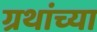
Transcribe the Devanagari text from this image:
ग्रथांच्या